Vaccination in the Punjab 1897-1904 - 1897-1904
Year: 1897
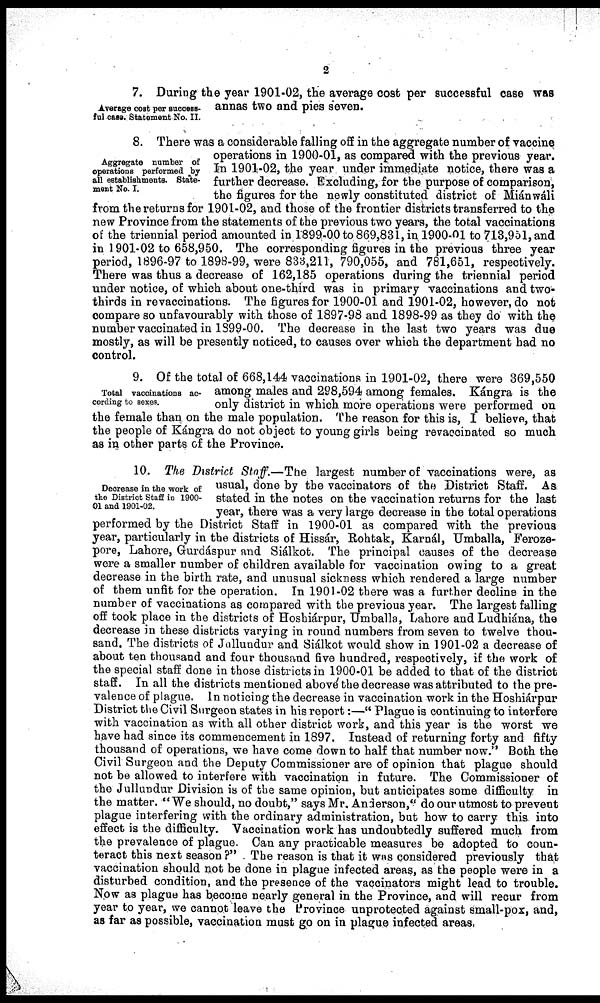
2
Average cost per success-
ful case. Statement No. II.
7. During the year 1901-02, the average cost per successful case was
annas two and pies seven.
Aggregate number of
operations performed by
all establishments. State-
ment No. I.
8. There was a considerable falling off in the aggregate number of vaccine
operations in 1900-01, as compared with the previous year.
In 1901-02, the year under immediate notice, there was a
further decrease. Excluding, for the purpose of comparison,
the figures for the newly constituted district of Miánwáli
from the returns for 1901-02, and those of the frontier districts transferred to the
new Province from the statements of the previous two years, the total vaccinations
of the triennial period amounted in 1899-00 to 869,831, in 1900-01 to 713,951, and
in 1901-02 to 658,950. The corresponding figures in the previous three year
period, 1896-97 to 1898-99, were 833,211, 790,055, and 781,651, respectively.
There was thus a decrease of 162,185 operations during the triennial period
under notice, of which about one-third was in primary vaccinations and two-
thirds in re vaccinations. The figures for 1900-01 and 1901-02, however, do not
compare so unfavourably with those of 1897-98 and 1898-99 as they do with the
number vaccinated in 1899-00. The decrease in the last two years was due
mostly, as will be presently noticed, to causes over which the department had no
control.
Total vaccinations ac-
cording to sexes.
9. Of the total of 668,144 vaccinations in 1901-02, there were 369,550
among males and 298,594 among females. Kángra is the
only district in which more operations were performed on
the female than on the male population. The reason for this is, I believe, that
the people of Kángra do not object to young girls being revaccinated so much
as in other parts of the Province.
Decrease in the work of
the District Staff in 1900-
01 and 1901-02.
10. The District Staff.—The largest number of vaccinations were, as
usual, done by the vaccinators of the District Staff. As
stated in the notes on the vaccination returns for the last
year, there was a very large decrease in the total operations
performed by the District Staff in 1900-01 as compared with the previous
year, particularly in the districts of Hissár, Rohtak, Karnál, Umballa, Feroze-
pore, Lahore, Grurdáspur and Siálkot. The principal causes of the decrease
were a smaller number of children available for vaccination owing to a great
decrease in the birth rate, and unusual sickness which rendered a large number
of them unfit for the operation. In 1901-02 there was a further decline in the
number of vaccinations as compared with the previous year. The largest falling
off took place in the districts of Hoshiárpur, Umballa, Lahore and Ludhiána, the
decrease in these districts varying in round numbers from seven to twelve thou-
sand. The districts of Jullundur and Siálkot would show in 1901-02 a decrease of
about ten thousand and four thousand five hundred, respectively, if the work of
the special staff done in those districts in 1900-01 be added to that of the district
staff. In all the districts mentioned abové the decrease was attributed to the pre-
valence of plague. In noticing the decrease in vaccination work in the Hoshiárpur
District the Civil Surgeon states in his report:—" Plague is continuing to interfere
with vaccination as with all other district work, and this year is the worst we
have had since its commencement in 1897. Instead of returning forty and fifty
thousand of operations, we have come down to half that number now." Both the
Civil Surgeon and the Deputy Commissioner are of opinion that plague should
not be allowed to interfere with vaccination in future. The Commissioner of
the Jullundur Division is of the same opinion, but anticipates some difficulty in
the matter. "We should, no doubt," says Mr. Anderson," do our utmost to prevent
plague interfering with the ordinary administration, but how to carry this into
effect is the difficulty. Vaccination work has undoubtedly suffered much from
the prevalence of plague. Can any practicable measures be adopted to coun-
teract this next season ?" The reason is that it was considered previously that
vaccination should not be done in plague infected areas, as the people were in a
disturbed condition, and the presence of the vaccinators might lead to trouble.
Now as plague has become nearly general in the Province, and will recur from
year to year, we cannot leave the Province unprotected against small-pox, and,
as far as possible, vaccination must go on in plague infected areas,